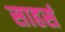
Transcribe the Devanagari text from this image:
साहसं